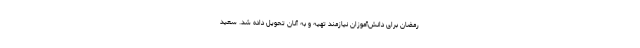
رمضان برای دانش‌آموزان نیازمند تهیه و به آنان تحویل داده شد. سعید